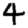
Digit: 4